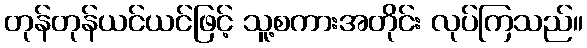
တုန်တုန်ယင်ယင်ဖြင့် သူ့စကားအတိုင်း လုပ်ကြသည်။